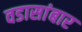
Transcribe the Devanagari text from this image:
वडासांबार